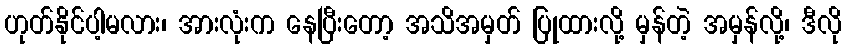
ဟုတ်နိုင်ပါ့မလား၊ အားလုံးက နေပြီးတော့ အသိအမှတ် ပြုထားလို့ မှန်တဲ့ အမှန်လို့၊ ဒီလို